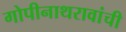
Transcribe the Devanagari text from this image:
गोपीनाथरावांची